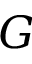
G